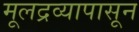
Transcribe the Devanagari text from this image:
मूलद्रव्यापासून